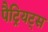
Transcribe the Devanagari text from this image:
पैट्रियट्स